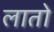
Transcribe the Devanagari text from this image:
लातो